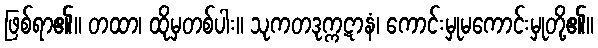
ဖြစ်ရာ၏။ တထာ၊ ထိုမှတစ်ပါး။ သုကတဒုက္ကဋာနံ၊ ကောင်းမှုမကောင်းမှုတို့၏။